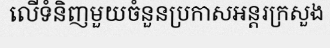
លើទំនិញមួយចំនួនប្រកាសអន្តរក្រសួង